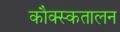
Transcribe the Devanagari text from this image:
कौक्स्कतालन